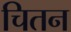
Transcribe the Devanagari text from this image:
चितन